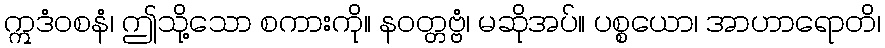
ဣဒံဝစနံ၊ ဤသို့သော စကားကို။ နဝတ္တဗ္ဗံ၊ မဆိုအပ်။ ပစ္စယော၊ အာဟာရောတိ၊